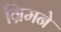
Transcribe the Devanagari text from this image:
ग्रिमने